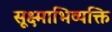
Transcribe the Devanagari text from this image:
सूक्ष्माभिव्यक्ति